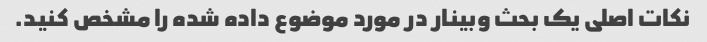
نکات اصلی یک بحث وبینار در مورد موضوع داده شده را مشخص کنید.